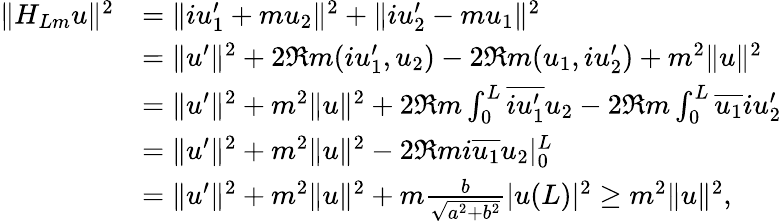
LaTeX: \begin{array}{rl}{\| H_{Lm}u\| ^{2}}&{=\| iu_{1}^{\prime}+mu_{2}\| ^{2}+\| iu_{2}^{\prime}-mu_{1}\| ^{2}}\\ &{=\| u^{\prime}\| ^{2}+2\Re m(iu_{1}^{\prime},u_{2})-2\Re m(u_{1},iu_{2}^{\prime})+m^{2}\| u\| ^{2}}\\ &{=\| u^{\prime}\| ^{2}+m^{2}\| u\| ^{2}+2\Re m\int_{0}^{L}\overline{{iu_{1}^{\prime}}}u_{2}-2\Re m\int_{0}^{L}\overline{{u_{1}}}iu_{2}^{\prime}}\\ &{=\| u^{\prime}\| ^{2}+m^{2}\| u\| ^{2}-2\Re mi\overline{{u_{1}}}u_{2}|_{0}^{L}}\\ &{=\| u^{\prime}\| ^{2}+m^{2}\| u\| ^{2}+m\frac{b}{\sqrt{a^{2}+b^{2}}}|u(L)|^{2}\geq m^{2}\| u\| ^{2},}\end{array}